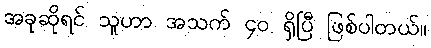
အခုဆိုရင် သူဟာ အသက် ၄၀ ရှိပြီ ဖြစ်ပါတယ်။